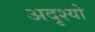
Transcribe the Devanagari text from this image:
अदृश्यो